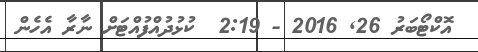
އޮކްޓޯބަރު 26